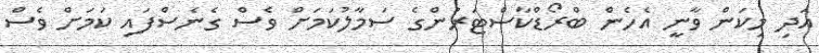
އަދި މިކަން ވާނީ އެހެން ބްރޯޑްކާސްޓަރުންގެ ސަމާލުކަމަށް ވެސް ގެނެސްފައި ކަމަށް ވެސް